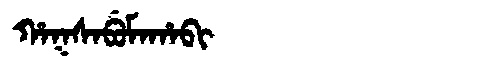
Manchu: ᡥᠠᡴᠰᠠᠪᡠᠮᠠᡥᠠᠪᡳ
Romanization: HAKSABUMAHABI